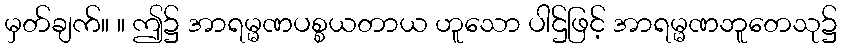
မှတ်ချက်။ ။ ဤ၌ အာရမ္မဏပစ္စယတာယ ဟူသော ပါဌ်ဖြင့် အာရမ္မဏဘူတေသု၌